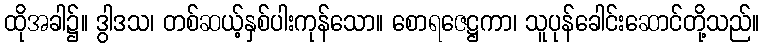
ထိုအခါ၌။ ဒွါဒသ၊ တစ်ဆယ့်နှစ်ပါးကုန်သော။ စောရဇေဋ္ဌကာ၊ သူပုန်ခေါင်းဆောင်တို့သည်။